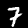
Digit: 7